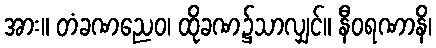
အား။ တံခဏညေဝ၊ ထိုခဏ၌သာလျှင်။ နီဝရဏာနိ၊